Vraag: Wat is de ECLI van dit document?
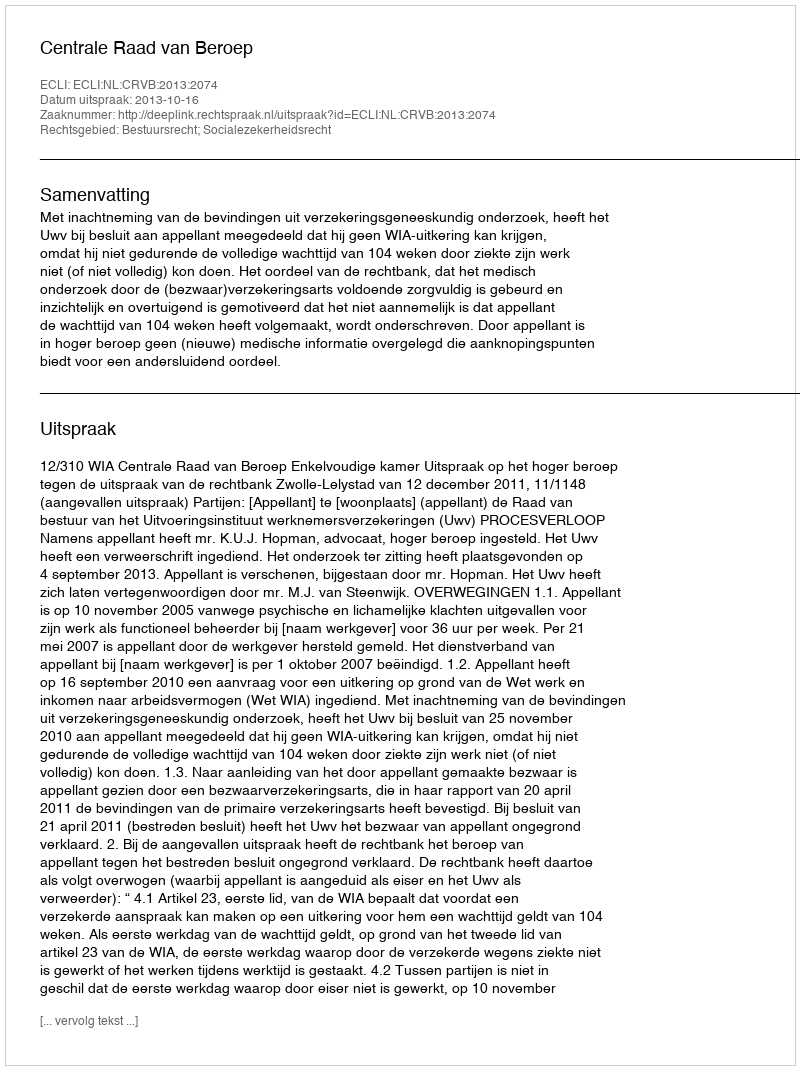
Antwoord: ECLI:NL:CRVB:2013:2074